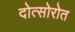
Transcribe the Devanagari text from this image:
दोत्सोरोत